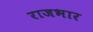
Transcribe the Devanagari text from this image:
राजभार